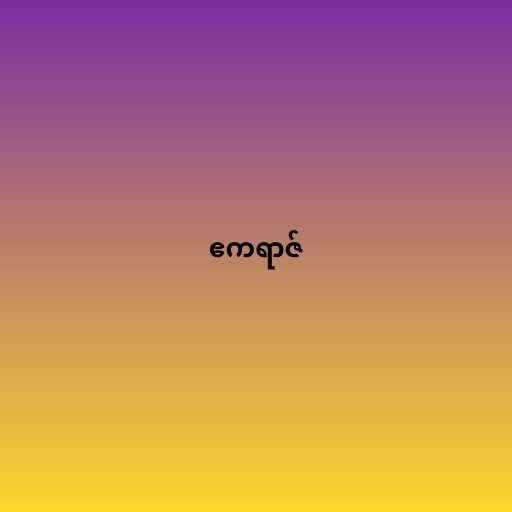
ဧကရာဇ်